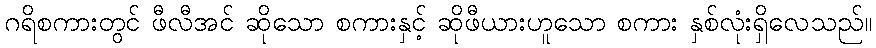
ဂရိစကားတွင် ဖီလီအင် ဆိုသော စကားနှင့် ဆိုဖီယားဟူသော စကား နှစ်လုံးရှိလေသည်။